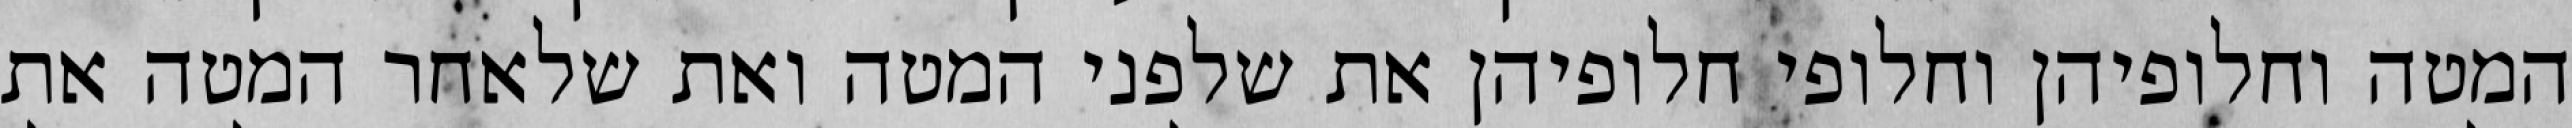
המטה וחלופיהן וחלופי חלופיהן את שלפני המטה ואת שלאחר המטה את